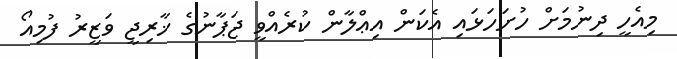
މިއެހީ ދިނުމަށް ހުށަހަޅައި އެކަން އިޢްލާން ކުރެއްވީ ޖަޕާނުގެ ޚާރިޖީ ވަޒީރު ފުމިއޯ